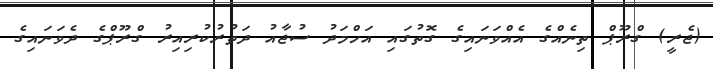
(ޖެރީ) ގްރޫޕް ތިނެއްގެ އެއްވަނައިގެ ގޮތުގައި އަހްމަދު ސުޖާއު ދަތުރުކުރިއިރު ގްރޫޕްގެ ދެވަނައިގެ